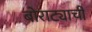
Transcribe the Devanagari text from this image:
बोराट्याची